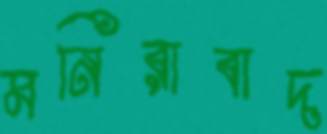
মনিরাবাদ